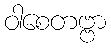
ဝါစေတဗ္ဗာ